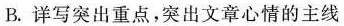
B.详写突出重点，突出文章心情的主线